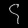
Digit: ၄